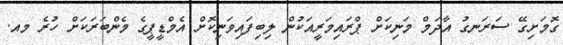
ގޮމަށިގޭ ސަރަނގު އާދަމް މަނިކަށް ޕްރައިމަރީއަކުން ލިބިފައިވަނިކޮށް އެމްޑީޕީގެ މެންބަރަކަށް ހުރެ މއ.